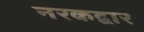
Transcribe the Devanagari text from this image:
नरकद्वार